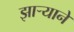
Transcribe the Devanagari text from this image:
झाऱ्याने